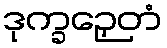
ဒုက္ခဉှေတံ